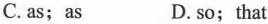
C.as; as D. so; that